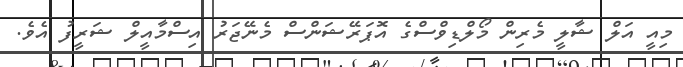
މިއީ އަލް ޝާލީ މެރިން މޯލްޑިވްސްގެ އޮޕަރޭޝަންސް މެނޭޖަރު އިސްމާއީލް ޝަރީފު އެވެ.